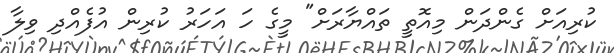
ކުރިއަށް ގެންދަން މިއޮތީ ތައްޔާރަށް" މީގެ ހަ އަހަރު ކުރިން އުފެއްދި ވިލާ